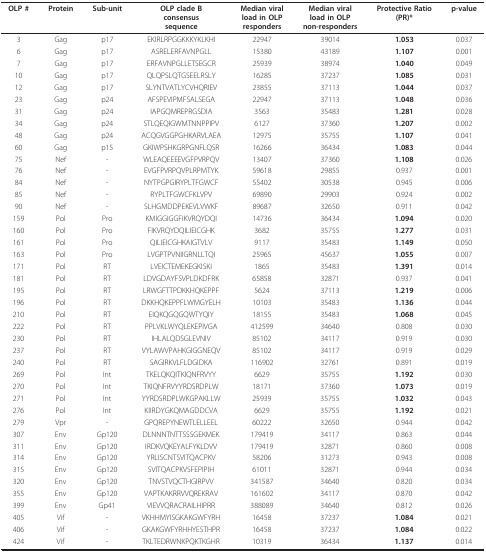
<table><thead><tr><td><b>OLP #</b></td><td><b>Protein</b></td><td><b>Sub-unit</b></td><td><b>OLP clade Bconsensussequence</b></td><td><b>Median viralload in OLPresponders</b></td><td><b>Median viralload in OLPnon-responders</b></td><td><b>Protective Ratio(PR)*</b></td><td><b>p-value</b></td></tr></thead><tbody><tr><td>3</td><td>Gag</td><td>p17</td><td>EKIRLRPGGKKKYKLKHI</td><td>22947</td><td>39014</td><td><b>1.053</b></td><td>0.037</td></tr><tr><td>6</td><td>Gag</td><td>p17</td><td>ASRELERFAVNPGLL</td><td>15380</td><td>43189</td><td><b>1.107</b></td><td>0.001</td></tr><tr><td>7</td><td>Gag</td><td>p17</td><td>ERFAVNPGLLETSEGCR</td><td>25939</td><td>38974</td><td><b>1.040</b></td><td>0.049</td></tr><tr><td>10</td><td>Gag</td><td>p17</td><td>QLQPSLQTGSEELRSLY</td><td>16285</td><td>37237</td><td><b>1.085</b></td><td>0.031</td></tr><tr><td>12</td><td>Gag</td><td>p17</td><td>SLYNTVATLYCVHQRIEV</td><td>23855</td><td>37113</td><td><b>1.044</b></td><td>0.037</td></tr><tr><td>23</td><td>Gag</td><td>p24</td><td>AFSPEVIPMFSALSEGA</td><td>22947</td><td>37113</td><td><b>1.048</b></td><td>0.036</td></tr><tr><td>31</td><td>Gag</td><td>p24</td><td>IAPGQMREPRGSDIA</td><td>3563</td><td>35483</td><td><b>1.281</b></td><td>0.028</td></tr><tr><td>34</td><td>Gag</td><td>p24</td><td>STLQEQIGWMTNNPPIPV</td><td>6127</td><td>37360</td><td><b>1.207</b></td><td>0.002</td></tr><tr><td>48</td><td>Gag</td><td>p24</td><td>ACQGVGGPGHKARVLAEA</td><td>12975</td><td>35755</td><td><b>1.107</b></td><td>0.041</td></tr><tr><td>60</td><td>Gag</td><td>p15</td><td>GKIWPSHKGRPGNFLQSR</td><td>16266</td><td>36434</td><td><b>1.083</b></td><td>0.044</td></tr><tr><td>75</td><td>Nef</td><td>-</td><td>WLEAQEEEEVGFPVRPQV</td><td>13407</td><td>37360</td><td><b>1.108</b></td><td>0.026</td></tr><tr><td>76</td><td>Nef</td><td>-</td><td>EVGFPVRPQVPLRPMTYK</td><td>59618</td><td>29855</td><td>0.937</td><td>0.001</td></tr><tr><td>84</td><td>Nef</td><td>-</td><td>NYTPGPGIRYPLTFGWCF</td><td>55402</td><td>30538</td><td>0.945</td><td>0.006</td></tr><tr><td>85</td><td>Nef</td><td>-</td><td>RYPLTFGWCFKLVPV</td><td>69890</td><td>29903</td><td>0.924</td><td>0.002</td></tr><tr><td>90</td><td>Nef</td><td>-</td><td>SLHGMDDPEKEVLVWKF</td><td>89687</td><td>32650</td><td>0.911</td><td>0.042</td></tr><tr><td>159</td><td>Pol</td><td>Pro</td><td>KMIGGIGGFIKVRQYDQI</td><td>14736</td><td>36434</td><td><b>1.094</b></td><td>0.020</td></tr><tr><td>160</td><td>Pol</td><td>Pro</td><td>FIKVRQYDQILIEICGHK</td><td>3682</td><td>35755</td><td><b>1.277</b></td><td>0.031</td></tr><tr><td>161</td><td>Pol</td><td>Pro</td><td>QILIEICGHKAIGTVLV</td><td>9117</td><td>35483</td><td><b>1.149</b></td><td>0.050</td></tr><tr><td>163</td><td>Pol</td><td>Pro</td><td>LVGPTPVNIIGRNLLTQI</td><td>25965</td><td>45637</td><td><b>1.055</b></td><td>0.007</td></tr><tr><td>171</td><td>Pol</td><td>RT</td><td>LVEICTEMEKEGKISKI</td><td>1865</td><td>35483</td><td><b>1.391</b></td><td>0.014</td></tr><tr><td>181</td><td>Pol</td><td>RT</td><td>LDVGDAYFSVPLDKDFRK</td><td>65858</td><td>32871</td><td>0.937</td><td>0.041</td></tr><tr><td>195</td><td>Pol</td><td>RT</td><td>LRWGFTTPDKKHQKEPPF</td><td>5624</td><td>37113</td><td><b>1.219</b></td><td>0.006</td></tr><tr><td>196</td><td>Pol</td><td>RT</td><td>DKKHQKEPPFLWMGYELH</td><td>10103</td><td>35483</td><td><b>1.136</b></td><td>0.044</td></tr><tr><td>210</td><td>Pol</td><td>RT</td><td>EIQKQGQGQWTYQIY</td><td>18155</td><td>35483</td><td><b>1.068</b></td><td>0.045</td></tr><tr><td>222</td><td>Pol</td><td>RT</td><td>PPLVKLWYQLEKEPIVGA</td><td>412599</td><td>34640</td><td>0.808</td><td>0.030</td></tr><tr><td>230</td><td>Pol</td><td>RT</td><td>IHLALQDSGLEVNIV</td><td>85102</td><td>34117</td><td>0.919</td><td>0.030</td></tr><tr><td>237</td><td>Pol</td><td>RT</td><td>VYLAWVPAHKGIGGNEQV</td><td>85102</td><td>34117</td><td>0.919</td><td>0.029</td></tr><tr><td>240</td><td>Pol</td><td>RT</td><td>SAGIRKVLFLDGIDKA</td><td>116902</td><td>32761</td><td>0.891</td><td>0.019</td></tr><tr><td>269</td><td>Pol</td><td>Int</td><td>TKELQKQITKIQNFRVYY</td><td>6629</td><td>35755</td><td><b>1.192</b></td><td>0.030</td></tr><tr><td>270</td><td>Pol</td><td>Int</td><td>TKIQNFRVYYRDSRDPLW</td><td>18171</td><td>37360</td><td><b>1.073</b></td><td>0.019</td></tr><tr><td>271</td><td>Pol</td><td>Int</td><td>YYRDSRDPLWKGPAKLLW</td><td>25939</td><td>35755</td><td><b>1.032</b></td><td>0.043</td></tr><tr><td>276</td><td>Pol</td><td>Int</td><td>KIIRDYGKQMAGDDCVA</td><td>6629</td><td>35755</td><td><b>1.192</b></td><td>0.021</td></tr><tr><td>279</td><td>Vpr</td><td>-</td><td>GPQREPYNEWTLELLEEL</td><td>60222</td><td>32650</td><td>0.944</td><td>0.042</td></tr><tr><td>307</td><td>Env</td><td>Gp120</td><td>DLNNNTNTTSSSGEKMEK</td><td>179419</td><td>34117</td><td>0.863</td><td>0.044</td></tr><tr><td>311</td><td>Env</td><td>Gp120</td><td>IRDKVQKEYALFYKLDVV</td><td>179419</td><td>32871</td><td>0.860</td><td>0.008</td></tr><tr><td>314</td><td>Env</td><td>Gp120</td><td>YRLISCNTSVITQACPKV</td><td>58206</td><td>31273</td><td>0.943</td><td>0.008</td></tr><tr><td>315</td><td>Env</td><td>Gp120</td><td>SVITQACPKVSFEPIPIH</td><td>61011</td><td>32871</td><td>0.944</td><td>0.034</td></tr><tr><td>320</td><td>Env</td><td>Gp120</td><td>TNVSTVQCTHGIRPVV</td><td>341587</td><td>34640</td><td>0.820</td><td>0.034</td></tr><tr><td>355</td><td>Env</td><td>Gp120</td><td>VAPTKAKRRVVQREKRAV</td><td>161602</td><td>34117</td><td>0.870</td><td>0.042</td></tr><tr><td>399</td><td>Env</td><td>Gp41</td><td>VIEVVQRACRAILHIPRR</td><td>388089</td><td>34640</td><td>0.812</td><td>0.026</td></tr><tr><td>405</td><td>Vif</td><td>-</td><td>VKHHMYISGKAKGWFYRH</td><td>16458</td><td>37237</td><td><b>1.084</b></td><td>0.021</td></tr><tr><td>406</td><td>Vif</td><td>-</td><td>GKAKGWFYRHHYESTHPR</td><td>16458</td><td>37237</td><td><b>1.084</b></td><td>0.022</td></tr><tr><td>424</td><td>Vif</td><td>-</td><td>TKLTEDRWNKPQKTKGHR</td><td>10319</td><td>36434</td><td><b>1.137</b></td><td>0.014</td></tr></tbody></table>